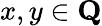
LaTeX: x,y\in{\textbf{Q}}